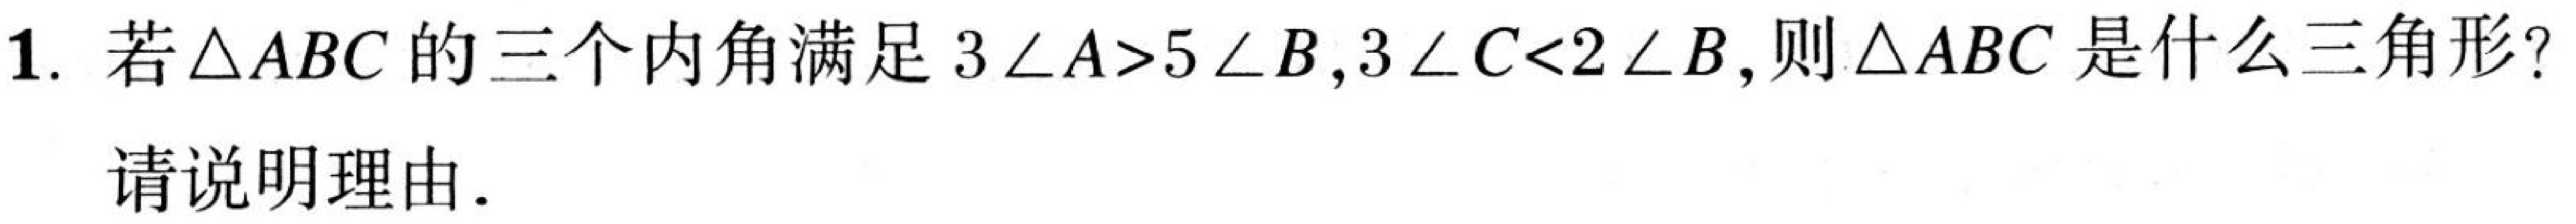
1. 若\(\triangle ABC\)的三个内角满足\(3\angle A>5\angle B,3\angle C<2\angle B\)，则\(\triangle ABC\)是什么三角形?
请说明理由.